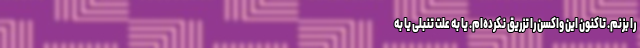
را بزنم. تاکنون این واکسن را تزریق نکرده‌ام. یا به علت تنبلی یا به